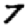
Digit: 7